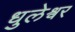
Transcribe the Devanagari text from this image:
धुलेश्वर